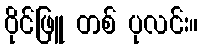
ဝိုင်ဖြူ တစ် ပုလင်း။